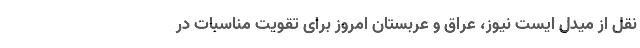
نقل از میدل ایست نیوز، عراق و عربستان امروز برای تقویت مناسبات در